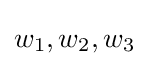
w_{1},w_{2},w_{3}